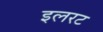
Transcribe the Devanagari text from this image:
इलरट